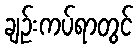
ချဉ်းကပ်ရာတွင်